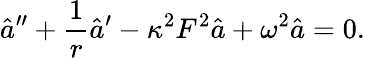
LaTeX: \hat{a}^{\prime\prime}+\frac{1}{r}\hat{a}^{\prime}-\kappa^{2}F^{2}\hat{a}+\omega^{2}\hat{a}=0.